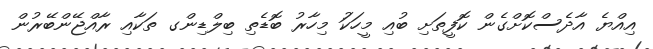
އިއްޔެ އާދެސްކޮށްގެން ކޮފީތަށި ބުއި މީހަކަު މިހާރު ބޮޑެތި ބިލްޑިންގ ތަކާއި ރާއްޖޭންބޭރުން